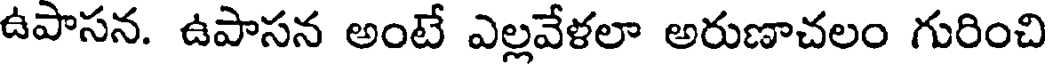
ఉపాసన. ఉపాసన అంటే ఎల్లవేళలా అరుణాచలం గురించి